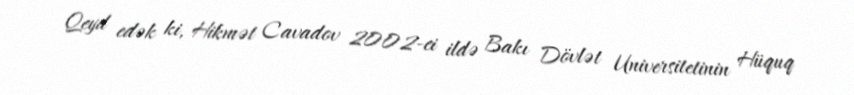
Qeyd edək ki, Hikmət Cavadov 2002-ci ildə Bakı Dövlət Universitetinin Hüquq